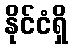
နိုင်ငံရှိ